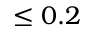
\leq 0 . 2